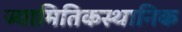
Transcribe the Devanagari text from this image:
ज्यामितिकस्थानिक